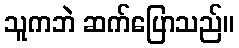
သူကဘဲ ဆက်ပြောသည်။